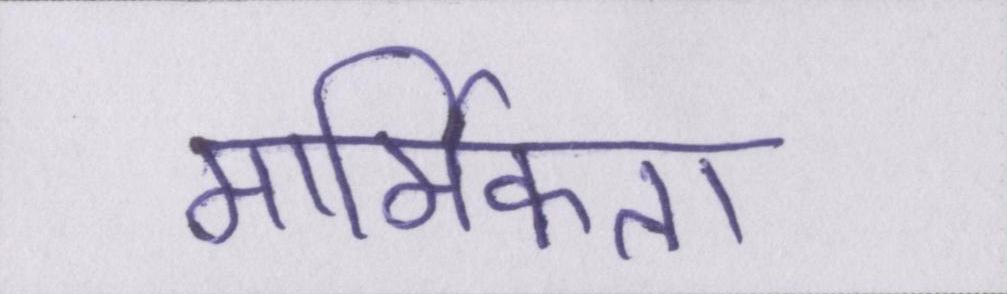
मार्मिकता